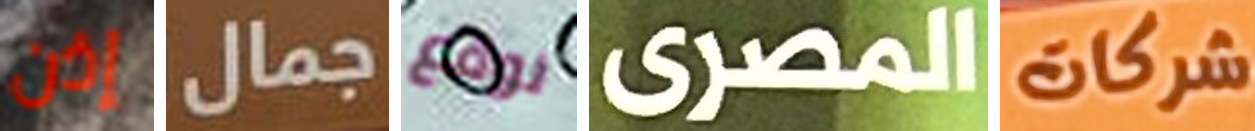
إذن جمال نوقع المصرى شركات